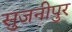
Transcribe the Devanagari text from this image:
सुजनीपुर